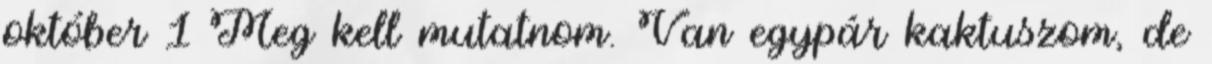
október 1 Meg kell mutatnom. Van egypár kaktuszom, de